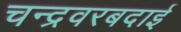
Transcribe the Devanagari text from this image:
चन्द्रवरबदाई